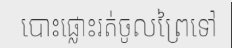
បោះផ្លោះរត់ចូលព្រៃទៅ